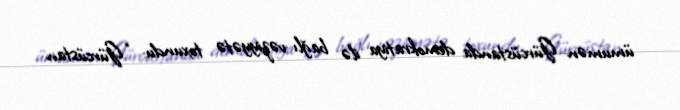
ümumən Gürcüstanda demokratiya ilə bağlı vəziyyətə toxundu: “Gürcüstan